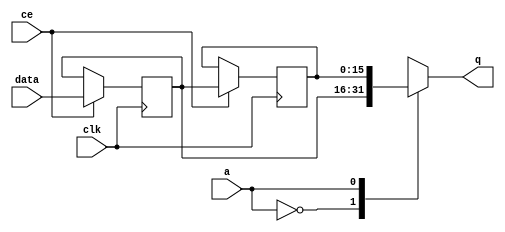
module td_fused_top_fifo_w16_d2_S_shiftReg (
    clk,
    data,
    ce,
    a,
    q);

parameter DATA_WIDTH = 32'd16;
parameter ADDR_WIDTH = 32'd1;
parameter DEPTH = 2'd2;

input clk;
input [DATA_WIDTH-1:0] data;
input ce;
input [ADDR_WIDTH-1:0] a;
output [DATA_WIDTH-1:0] q;

reg[DATA_WIDTH-1:0] sr_0, sr_1;
integer i;

always @ (posedge clk)
    begin
        if (ce)
        begin
            sr_0 <= data;
            sr_1 <= sr_0;


        end
    end

always @( sr_0, sr_1, a) begin
   case (a)
      1'd0: q = sr_0;
      1'd1: q = sr_1;
      default: q = sr_1;
   endcase
end

endmodule